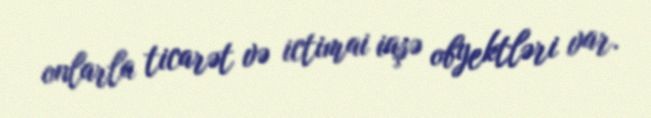
onlarla ticarət və ictimai iaşə obyektləri var.